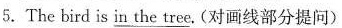
5.The bird is \underline{in the tree}.(对画线部分提问)